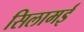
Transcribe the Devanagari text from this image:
सिलामई